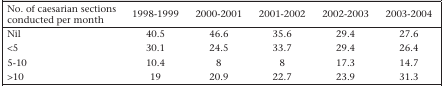
<table><thead><tr><td><b>No. of caesarian sections conducted per month</b></td><td><b>1998-1999</b></td><td><b>2000-2001</b></td><td><b>2001-2002</b></td><td><b>2002-2003</b></td><td><b>2003-2004</b></td></tr></thead><tbody><tr><td>Nil</td><td>40.5</td><td>46.6</td><td>35.6</td><td>29.4</td><td>27.6</td></tr><tr><td>&lt;5</td><td>30.1</td><td>24.5</td><td>33.7</td><td>29.4</td><td>26.4</td></tr><tr><td>5-10</td><td>10.4</td><td>8</td><td>8</td><td>17.3</td><td>14.7</td></tr><tr><td>&gt;10</td><td>19</td><td>20.9</td><td>22.7</td><td>23.9</td><td>31.3</td></tr></tbody></table>